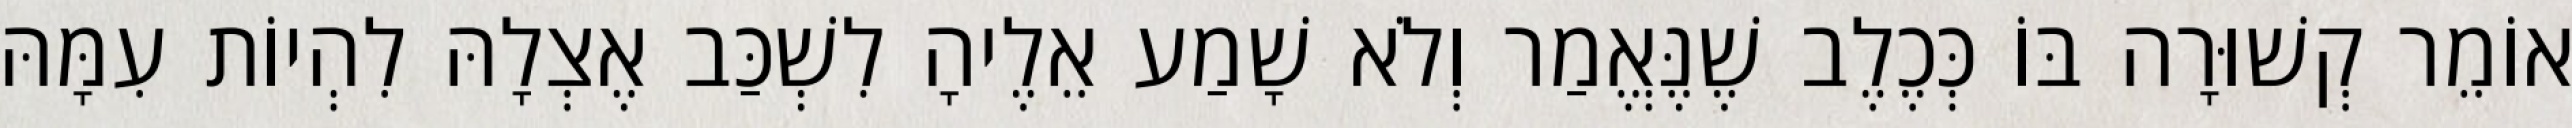
אוֹמֵר קְשׁוּרָה בּוֹ כְּכֶלֶב שֶׁנֶּאֱמַר וְלֹא שָׁמַע אֵלֶיהָ לִשְׁכַּב אֶצְלָהּ לִהְיוֹת עִמָּהּ